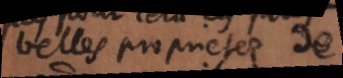
belles proprietes dz